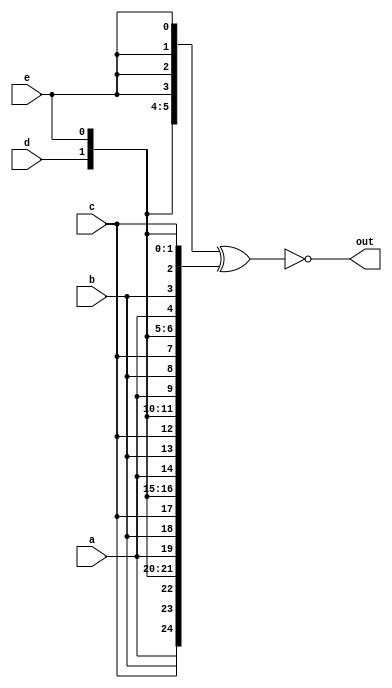
/*
Given five 1-bit signals (a, b, c, d, and e), compute all 25 pairwise one-bit comparisons in the 25-bit output vector. 
The output should be 1 if the two bits being compared are equal.

out[24] = ~a ^ a;   // a == a, so out[24] is always 1.
out[23] = ~a ^ b;
out[22] = ~a ^ c;
...
out[ 1] = ~e ^ d;
out[ 0] = ~e ^ e;
*/

module top_module (
    input a, b, c, d, e,
    output [24:0] out );//

    assign out = ~({ {5{a}}, {5{b}}, {5{c}}, {5{d}}, {5{e}} } ^ { {5{a,b,c,d,e}} });

endmodule